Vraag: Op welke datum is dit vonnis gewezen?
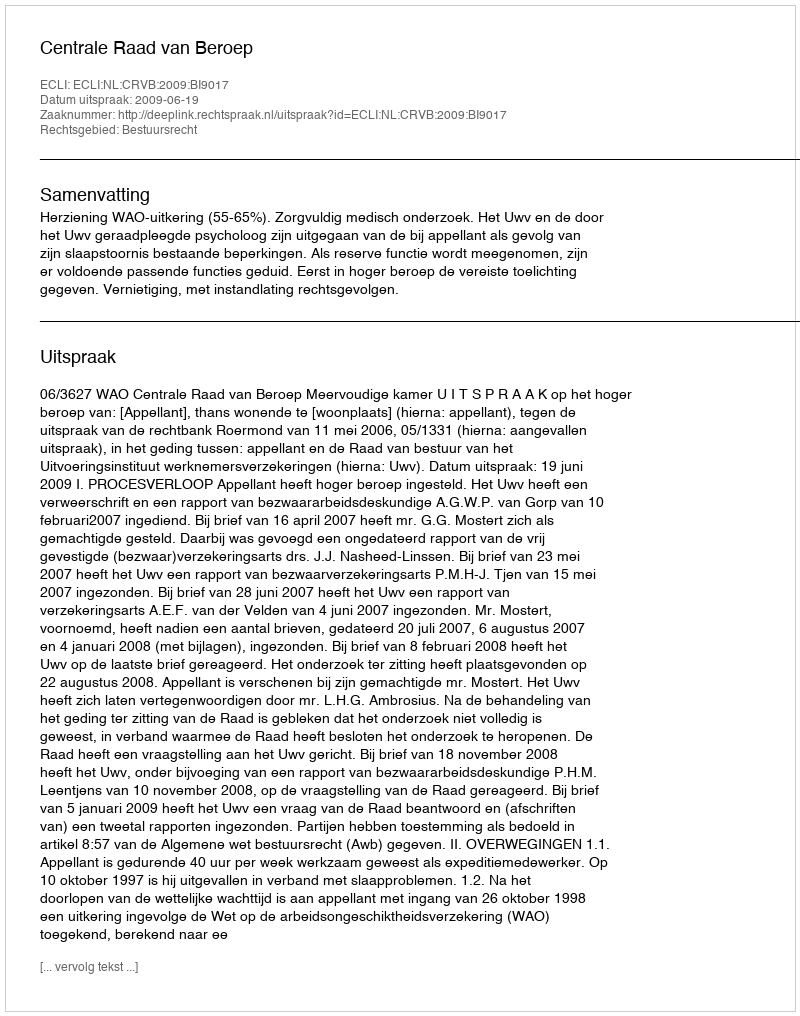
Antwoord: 2009-06-19